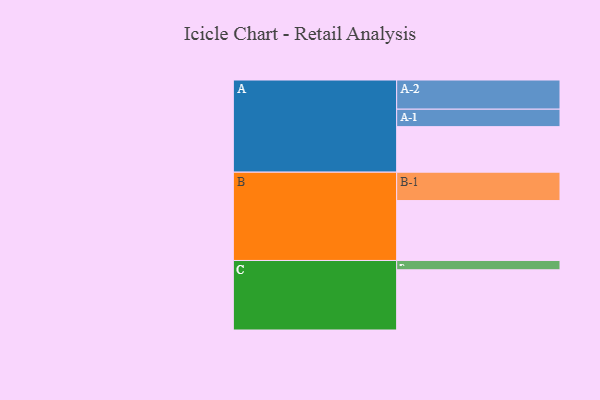
{"axis": {"x": "Segment", "y": "Value"}, "legend": ["", "A", "B", "C"], "data": [{"x": "A", "y": 412, "type": ""}, {"x": "B", "y": 542, "type": ""}, {"x": "C", "y": 545, "type": ""}, {"x": "A-1", "y": 158, "type": "A"}, {"x": "A-2", "y": 264, "type": "A"}, {"x": "B-1", "y": 257, "type": "B"}, {"x": "C-1", "y": 84, "type": "C"}]}